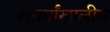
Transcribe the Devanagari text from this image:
१९वर्षांखालील